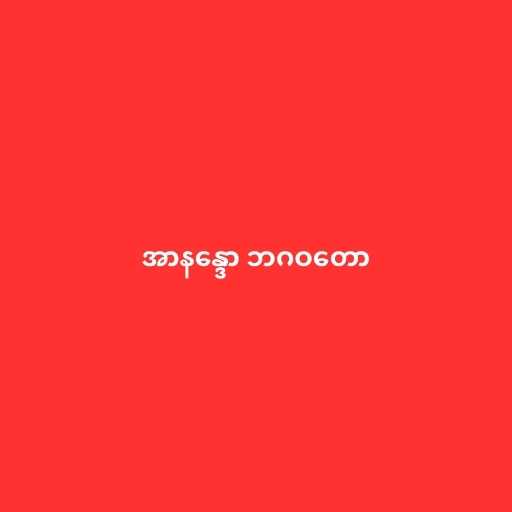
အာနန္ဒော ဘဂဝတော